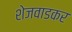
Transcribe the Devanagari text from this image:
शेजवाडकर